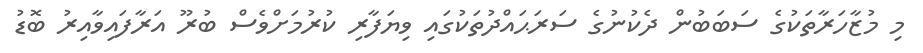
މި މުޒާހަރާތަކުގެ ސަބަބުން ދެކުނުގެ ސަރަޙައްދުތަކުގައި ވިޔަފާރި ކުރުމަށްވެސް ބުރޫ އަރާފައިވާއިރު ބޮޑު